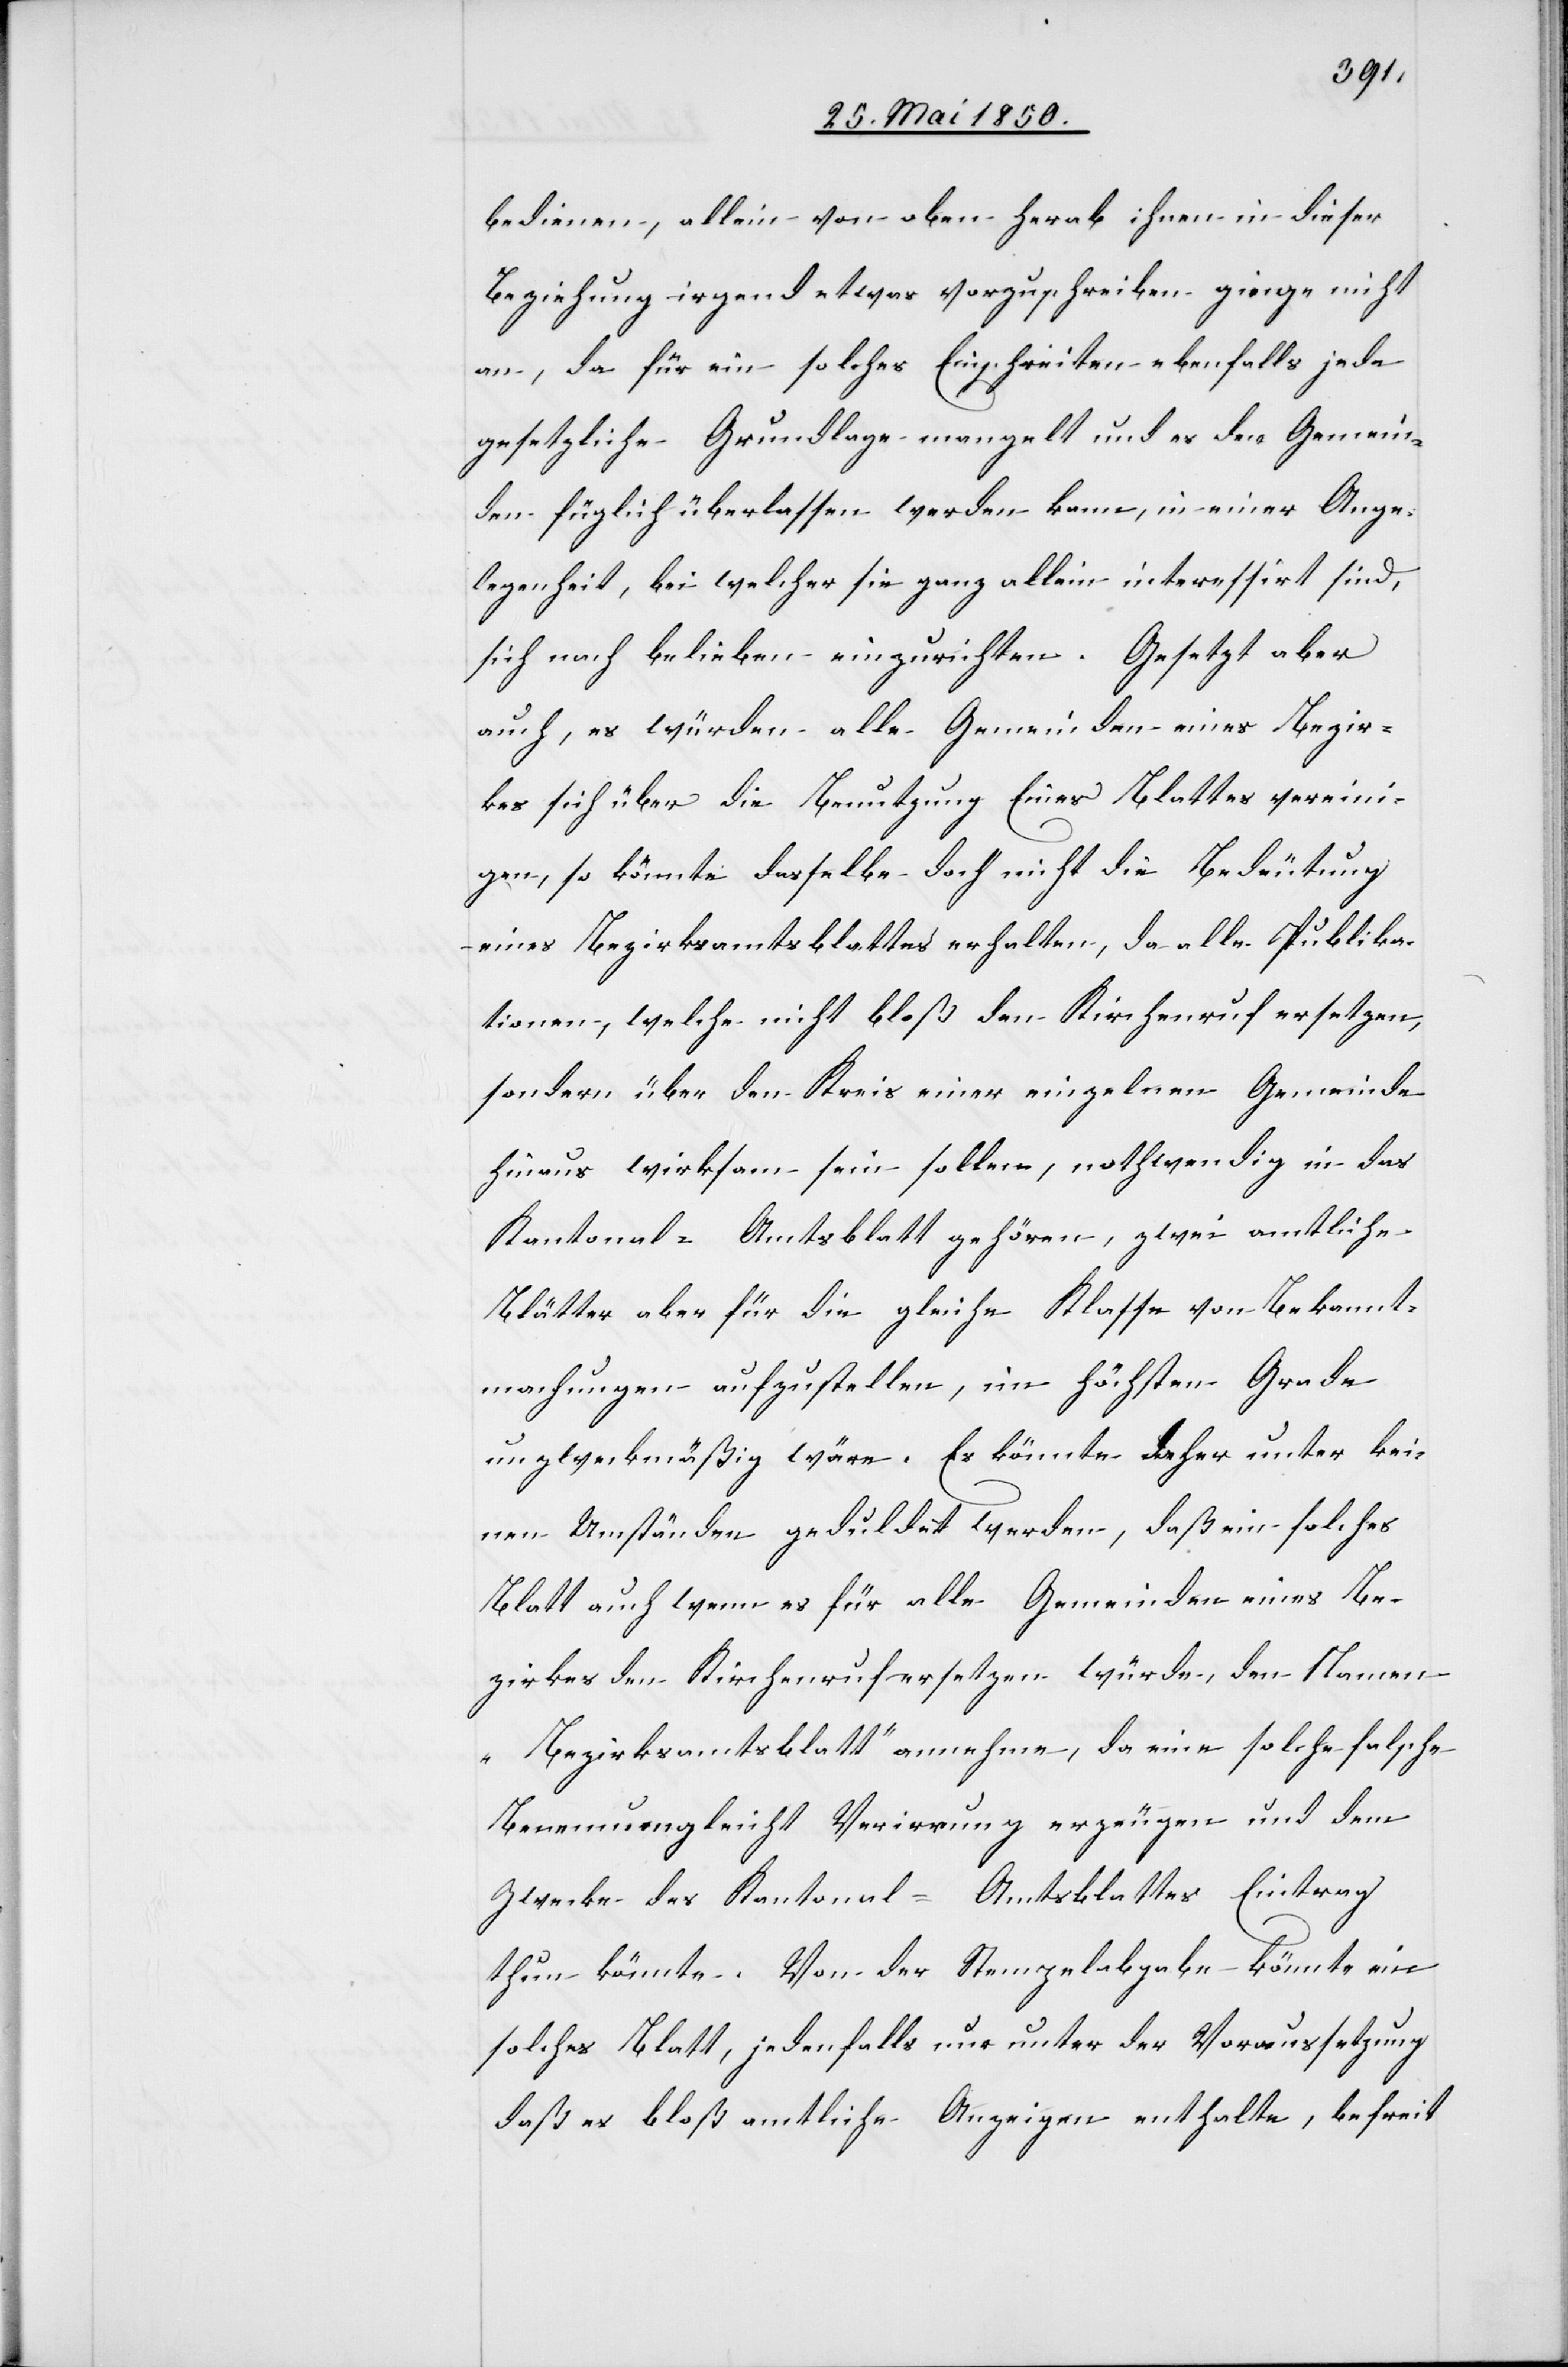
bedienen, allein von oben herab ihnen in dieser
Beziehung irgend etwas vorzuschreiben ginge nicht
an, da für ein solches Einschreiten ebenfalls jede
gesetzliche Grundlage mangelt und es den Gemein¬
den füglich überlassen werden kann, in einer Ange¬
legenheit, bei welcher sie ganz allein interessirt sind,
sich nach Belieben einzurichten. Gesetzt aber
auch, es würden alle Gemeinden eines Bezir¬
kes sich über die Benutzung Eines Blattes vereini¬
gen, so könnte dasselbe doch nicht die Bedeutung
eines Bezirksamtsblattes erhalten, da alle Publika¬
tionen, welche nicht bloß den Kirchenruf ersetzen,
sondern über den Kreis einer einzelnen Gemeinde
hinaus wirksam sein sollen, nothwendig in das
Kantonal-Amtsblatt gehören, zwei amtliche
Blätter aber für die gleiche Klasse von Bekannt¬
machungen aufzustellen, im höchsten Grade
unzweckmäßig wäre. Es könnte daher unter kei¬
nen Umständen geduldet werden, daß ein solches
Blatt auch wenn es für alle Gemeinden eines Be¬
zirkes den Kirchenruf ersetzen würde, den Namen
„Bezirksamtsblatt“ annehme, da eine solche falsche
Benennung leicht Verirrung erzeugen und dem
Zwecke des Kantonal-Amtsblattes Eintrag
thun könnte. Von der Stempelabgabe könnte ein
solches Blatt, jedenfalls nur unter der Voraussetzung
daß es bloß amtliche Anzeigen enthalte, befreit